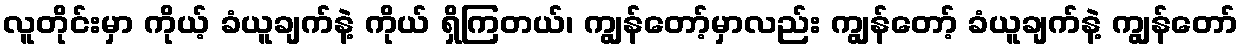
လူတိုင်းမှာ ကိုယ့် ခံယူချက်နဲ့ ကိုယ် ရှိကြတယ်၊ ကျွန်တော့်မှာလည်း ကျွန်တော့် ခံယူချက်နဲ့ ကျွန်တော်